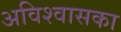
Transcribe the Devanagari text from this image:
अविश्वासका